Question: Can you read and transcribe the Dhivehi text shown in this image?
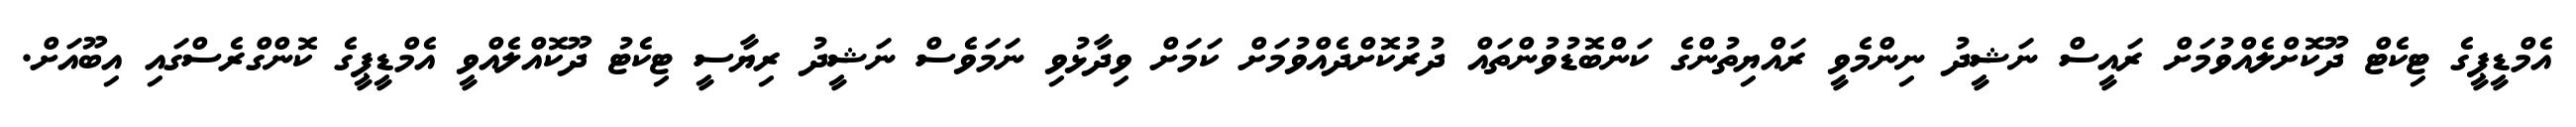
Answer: އެމްޑީޕީގެ ޓިކެޓް ދޫކޮށްލެއްވުމަށް ރައީސް ނަޝީދު ނިންމެވީ ރައްޔިތުންގެ ކަންބޮޑުވުންތައް ދުރުކޮށްދެއްވުމަށް ކަމަށް ވިދާޅުވި ނަމަވެސް ނަޝީދު ރިޔާސީ ޓިކެޓު ދޫކޮއްލެއްވީ އެމްޑީޕީގެ ކޮންގްރެސްގައި އިބޫއަށް.